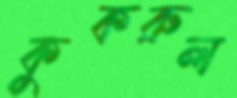
কুকরুল